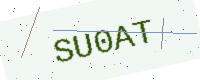
Text: SU0AT